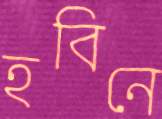
হবিনে